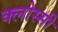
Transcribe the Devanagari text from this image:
क्लोस्सी